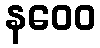
နဝေဝ